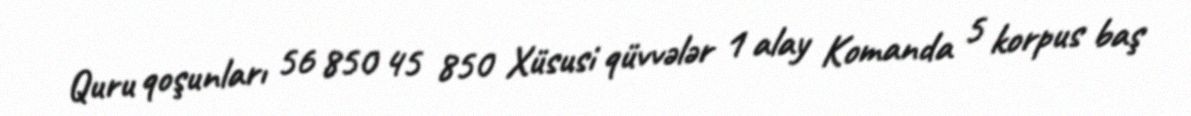
Quru qoşunları 56 850 45 850 Xüsusi qüvvələr 1 alay Komanda 5 korpus baş